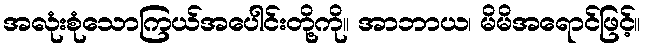
အလုံးစုံသောကြယ်အပေါင်းတို့ကို။ အာဘာယ၊ မိမိအရောင်ဖြင့်။